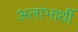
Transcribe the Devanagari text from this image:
अलाभार्थी